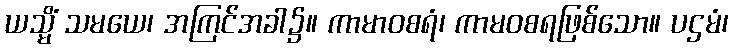
ယသ္မိံ သမယေ၊ အကြင်အခါ၌။ ကာမာဝစရံ၊ ကာမဝစရဖြစ်သော။ ပဌမံ၊